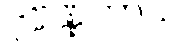
ဒုဗ္ဗဏ္ဏတာယ